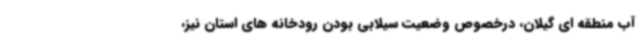
آب منطقه ای گیلان، درخصوص وضعیت سیلابی بودن رودخانه های استان نیز،